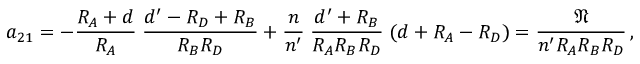
a _ { 2 1 } = - { \frac { R _ { A } + d } { R _ { A } } } \; { \frac { d ^ { \prime } - R _ { D } + R _ { B } } { R _ { B } R _ { D } } } + { \frac { n } { n ^ { \prime } } } \; { \frac { d ^ { \prime } + R _ { B } } { R _ { A } R _ { B } R _ { D } } } \; ( d + R _ { A } - R _ { D } ) = { \frac { \mathfrak { N } } { n ^ { \prime } R _ { A } R _ { B } R _ { D } } } \, ,